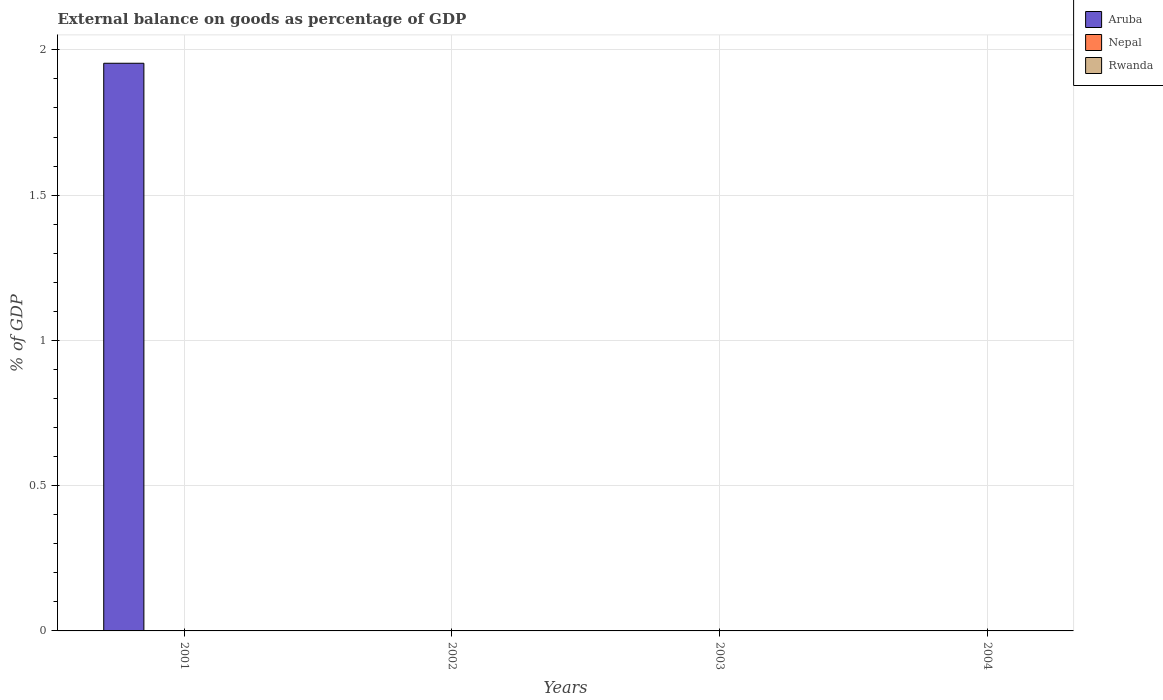
| Years | Aruba | Nepal | Rwanda |
 | --- | --- | --- | --- |
 | 2001 | 1.95 | -10.7 | -15.8 |
 | 2002 | -4.47 | -10.8 | -16.7 |
 | 2003 | -7.75 | -12.8 | -15.1 |
 | 2004 | -3.49 | -12.8 | -13.6 |